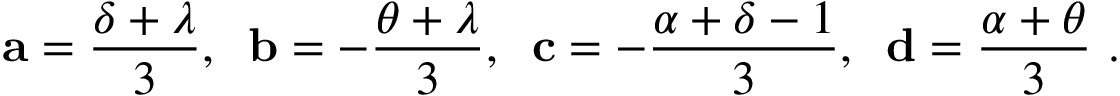
\mathbf { a } = \frac { \delta + \lambda } { 3 } , \; \; \mathbf { b } = - \frac { \theta + \lambda } { 3 } , \; \; \mathbf { c } = - \frac { \alpha + \delta - 1 } { 3 } , \; \; \mathbf { d } = \frac { \alpha + \theta } { 3 } \ .